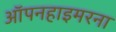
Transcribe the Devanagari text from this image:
ऑपनहाइमरना